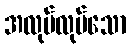
အလုပ်လုပ်သော